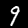
Label: 9